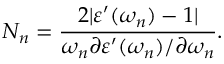
N _ { n } = \frac { 2 | \varepsilon ^ { \prime } ( \omega _ { n } ) - 1 | } { \omega _ { n } \partial \varepsilon ^ { \prime } ( \omega _ { n } ) / \partial \omega _ { n } } .